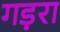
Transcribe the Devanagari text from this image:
गड़रा